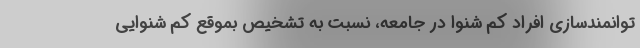
توانمندسازی افراد کم شنوا در جامعه، نسبت به تشخیص بموقع کم شنوایی